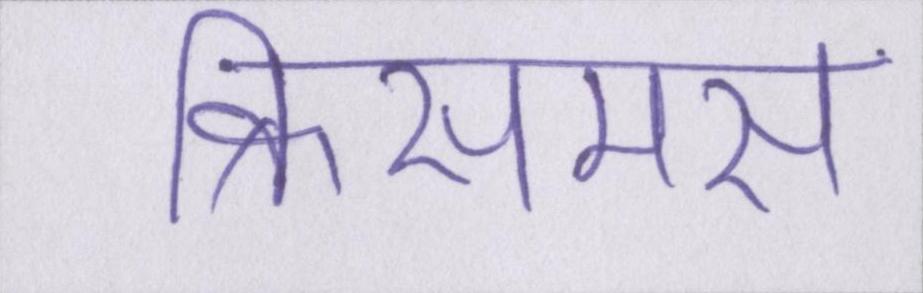
क्रिसमस